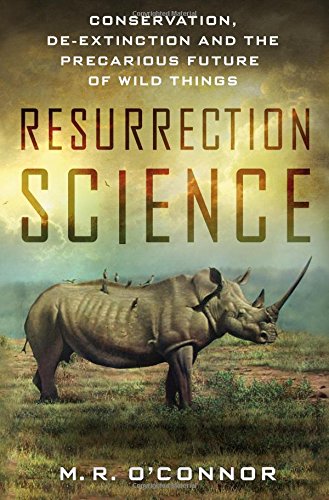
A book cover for Resurrection Science: Conservation, De-Extinction and the Precarious Future of Wild Things; M. R. O'Connor; Science & Math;